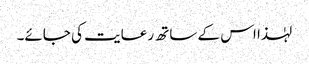
لہٰذا اس کے ساتھ رعایت کی جائے۔